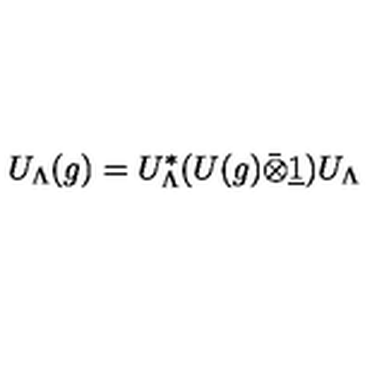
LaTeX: U _ { \Lambda } ( g ) = U _ { \Lambda } ^ { * } ( U ( g ) \bar { \otimes } \underline { { 1 } } ) U _ { \Lambda }